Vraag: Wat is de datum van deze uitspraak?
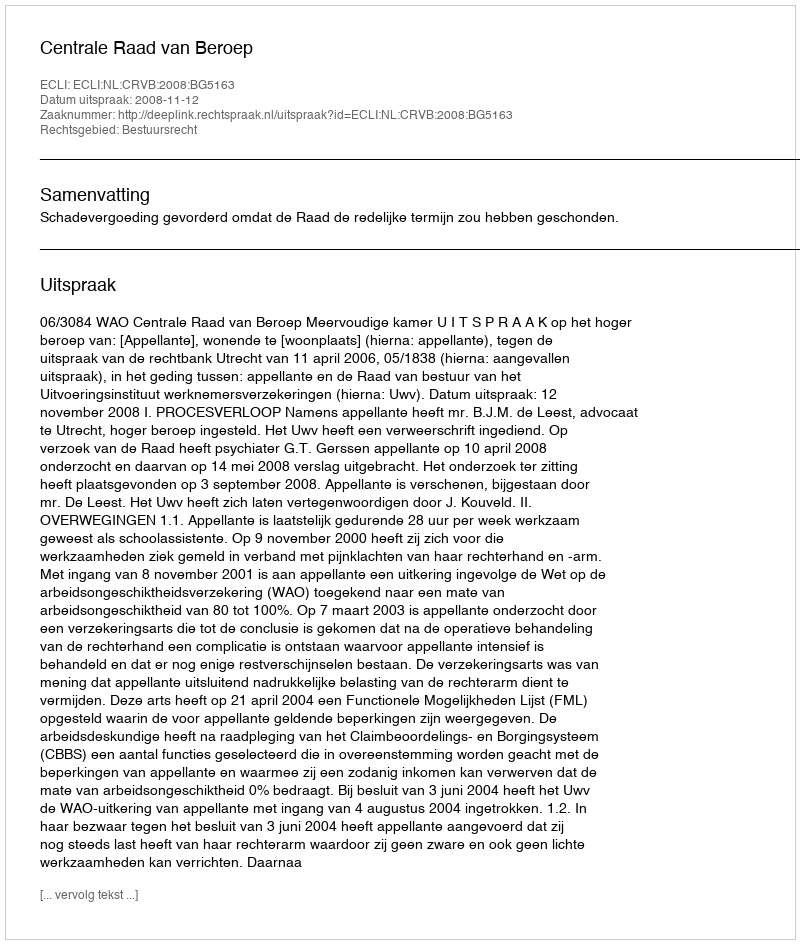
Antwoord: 2008-11-12